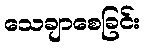
သေချာစေခြင်း